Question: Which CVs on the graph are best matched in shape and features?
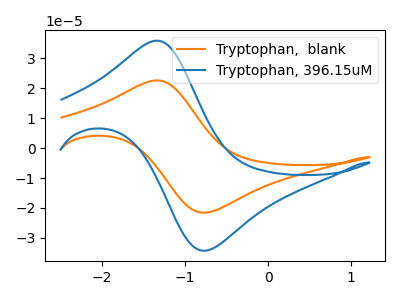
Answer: <think>The orange curve "Tryptophan,  blank" has an anodic peak at (-1.35V, 22.60uA) and a cathodic peak at (-0.75V, -21.55uA). The blue curve "Tryptophan, 396.15uM" has an anodic peak at (-1.35V, 35.85uA) and a cathodic peak at (-0.75V, -34.25uA).
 All the peaks in "Tryptophan,  blank" have a peak in "Tryptophan, 396.15uM" at the same potential. Every peak in "Tryptophan,  blank" is lower than every peak in "Tryptophan, 396.15uM".</think>
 <answer>"Tryptophan, 396.15uM" and "Tryptophan,  blank" have the same shape and are likely CV's of the same chemical.</answer>
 <eval>"Tryptophan, 396.15uM" "Tryptophan,  blank"</eval>